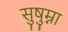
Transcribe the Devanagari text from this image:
सुषु्म्ना